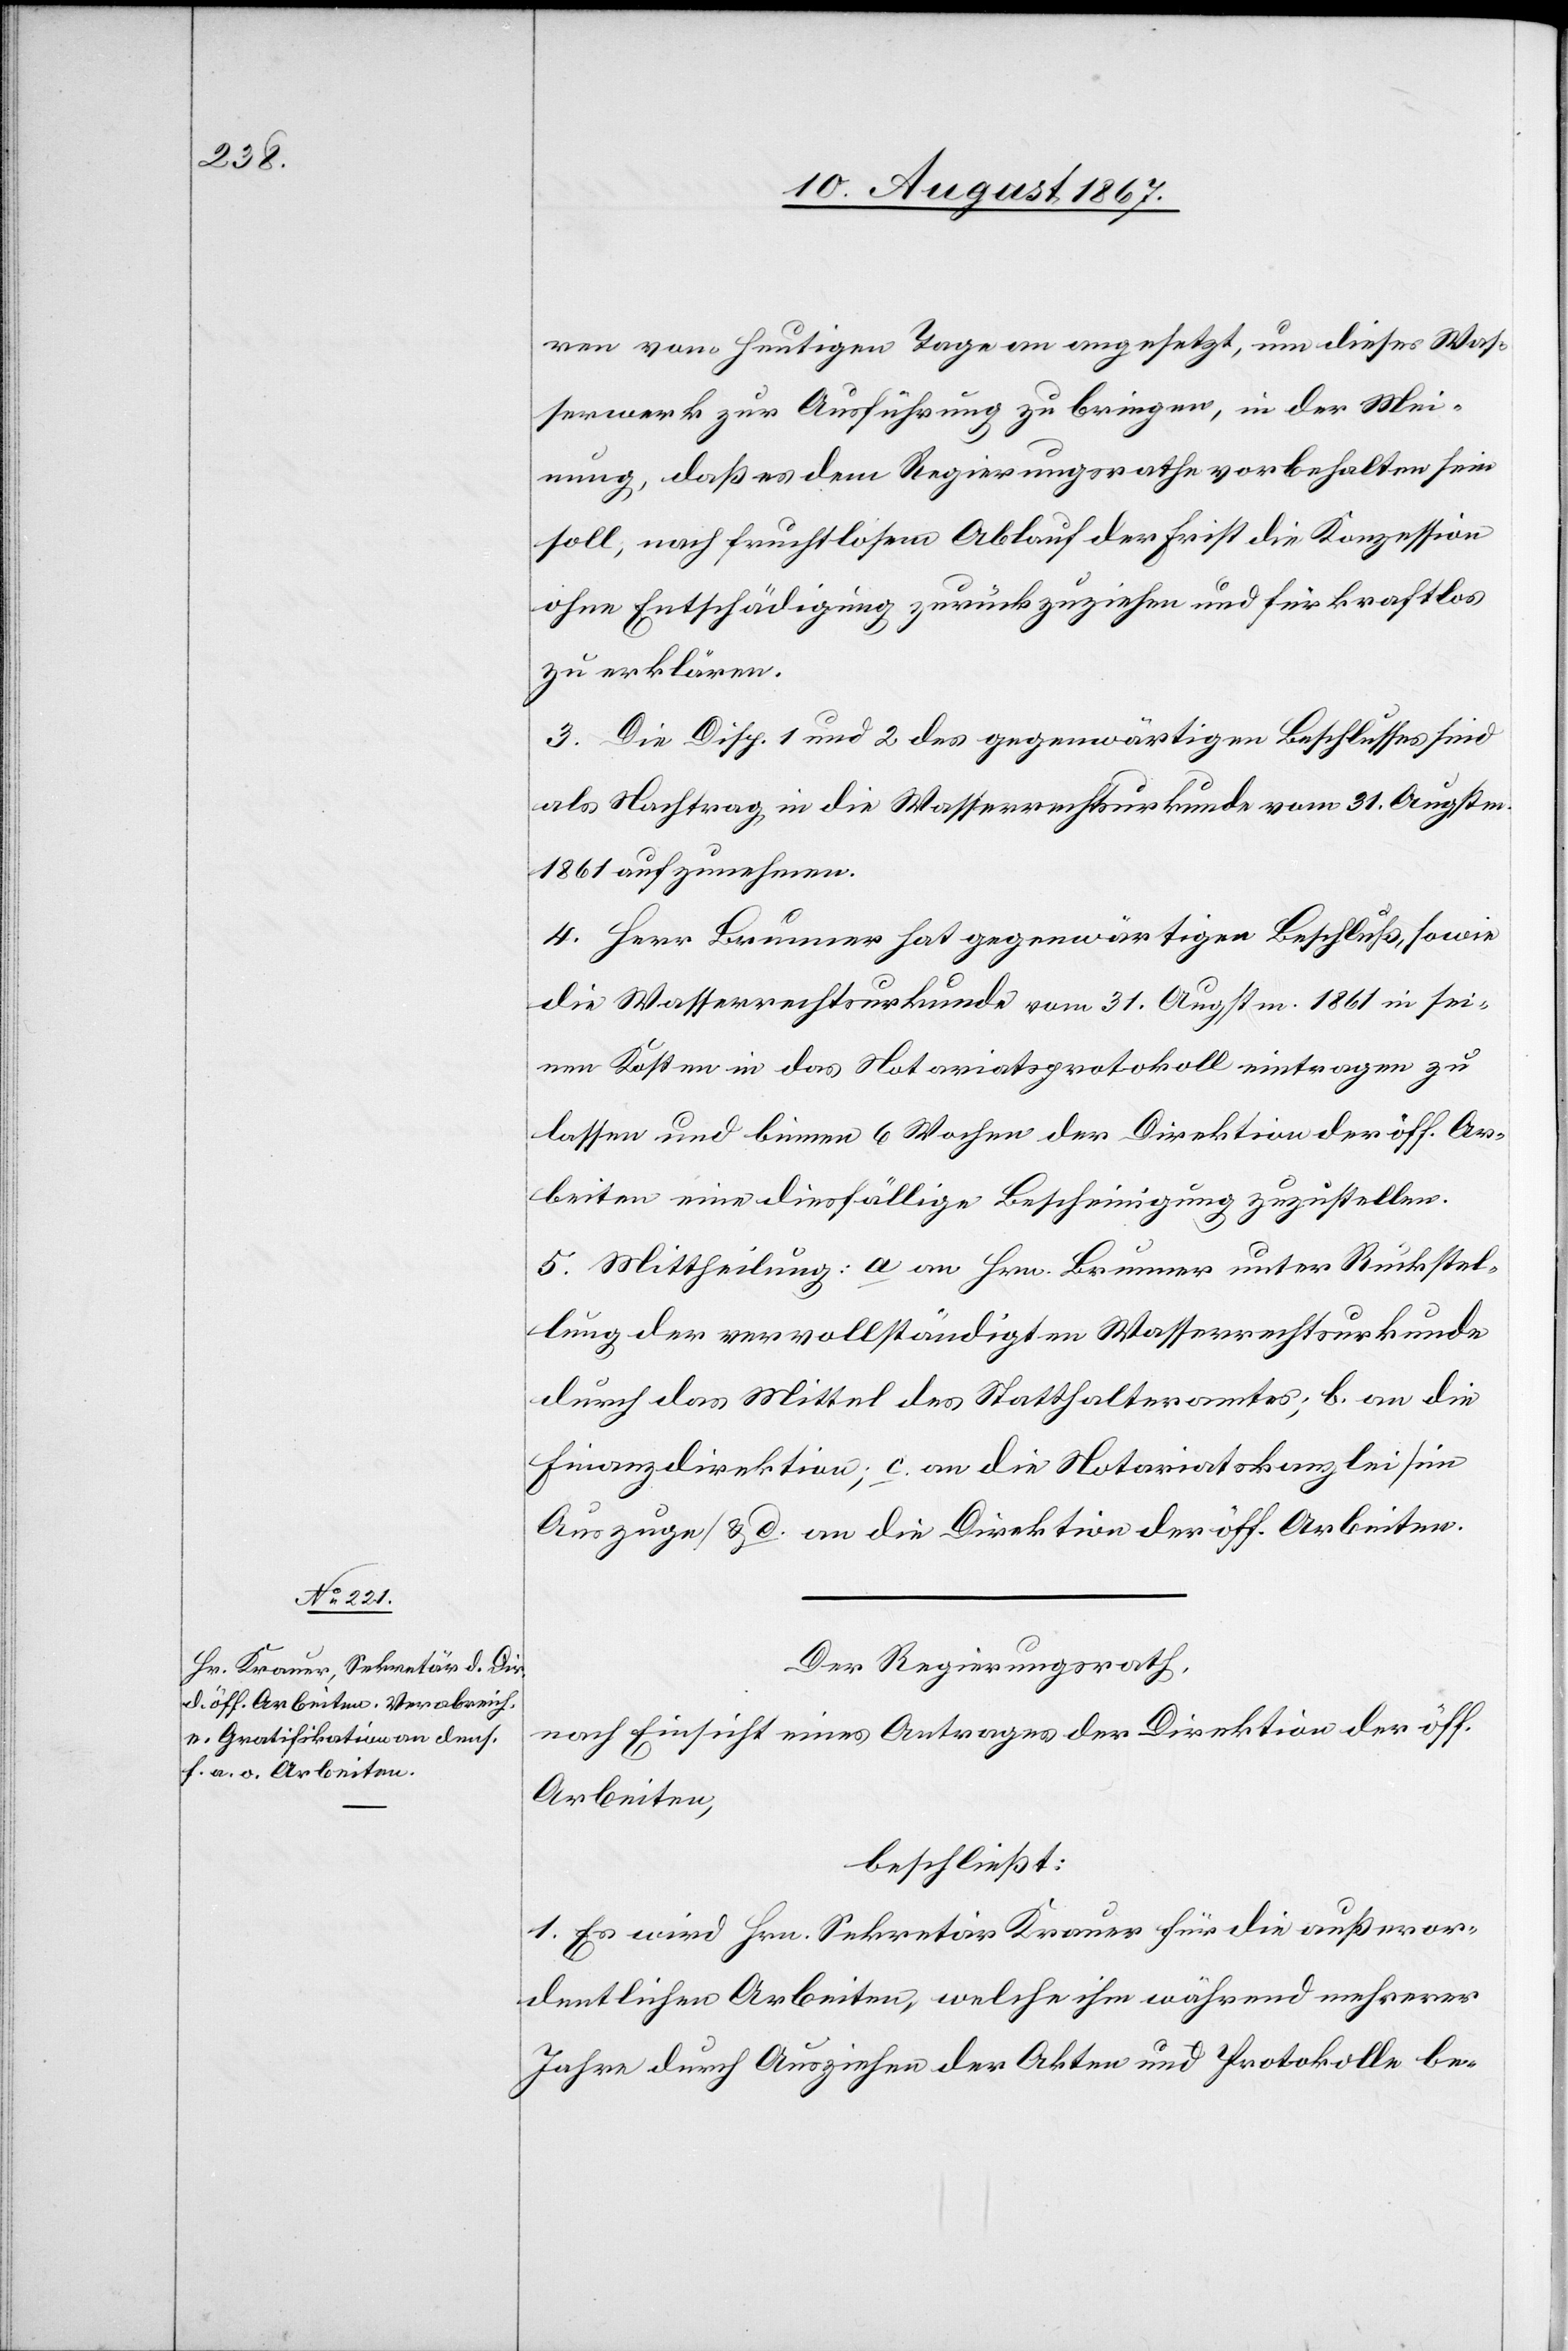
ren vom heutigen Tage an gerechnet angesetzt, um dieses Was¬
serwerk zur Ausführung zu bringen, in der Mei¬
nung, daß es dem Regierungsrathe vorbehalten sein
soll, nach fruchtlosem Ablauf der Frist die Konzession
ohne Entschädigung zurückzuziehen und für kraftlos
zu erklären.
3. Die Disp. 1 und 2 des gegenwärtigen Beschlusses sind
als Nachtrag in die Wasserrechtsurkunde vom 31. Augstm.
1861 aufzunehmen.
4. Herr Brunner hat gegenwärtigen Beschluß, sowie
die Wasserrechtsurkunde vom 31. Augstm. 1861 in sei¬
nen Kosten in das Notariatsprotokoll eintragen zu
lassen und binnen 6 Wochen der Direktion der öff. Ar¬
beiten eine diesfällige Bescheinigung zuzustellen.
5. Mittheilung: a an Hrn. Brunner unter Rückstel¬
lung der vervollständigten Wasserrechtsurkunde
durch das Mittel des Statthalteramtes; b. an die
Finanzdirektion; c. an die Notariatskanzlei [im
Auszuge] u. d. an die Direktion der öff. Arbeiten.
Der Regierungsrath,
nach Einsicht eines Antrages der Direktion der öff.
Arbeiten,
beschließt:
1. Es wird Hrn. Sekretär Krauer für die außeror¬
dentlichen Arbeiten, welche ihm während mehrerer
Jahre durch Ausziehen der Akten und Protokolle be-